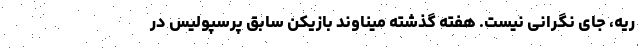
ریه، جای نگرانی نیست. هفته گذشته میناوند بازیکن سابق پرسپولیس در